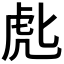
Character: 𰲘